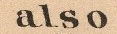
also